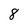
Character: 8